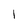
Character: l